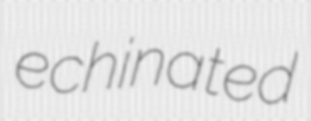
echinated